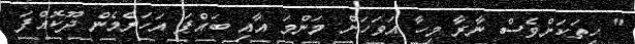
" ހިތަކަށްވެސް ނާރާ މިހާ އަވަހަށް މަންމަ އާއި ބައްޕަ އަހަރެމެން ދޫކޮއްފަ